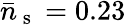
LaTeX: \bar{n}_{\mathrm{~s~}}=0.23